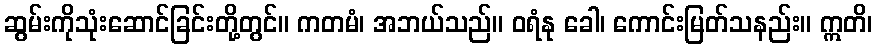
ဆွမ်းကိုသုံးဆောင်ခြင်းတို့တွင်။ ကတမံ၊ အဘယ်သည်။ ဝရံနု ခေါ၊ ကောင်းမြတ်သနည်း။ ဣတိ၊